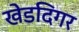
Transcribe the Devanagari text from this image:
खेडदिगर